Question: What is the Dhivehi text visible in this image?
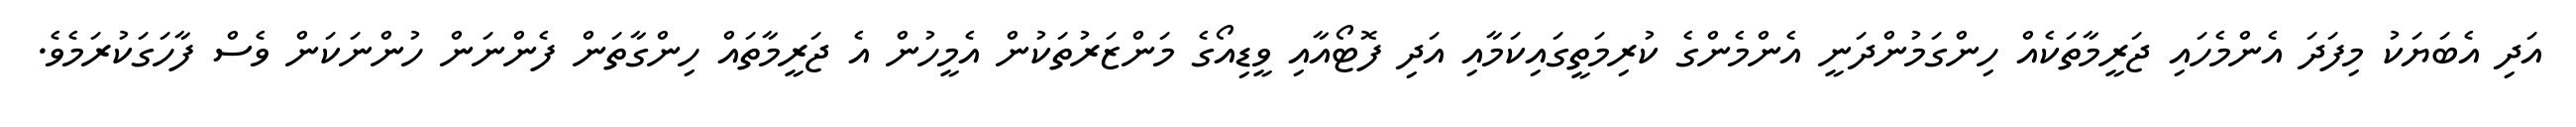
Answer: އަދި އެބަޔަކު މިފަދަ އެންމެހައި ޖަރީމާތަކެއް ހިންގަމުންދަނީ އެންމެންގެ ކުރިމަތީގައިކަމާއި އަދި ފޮޓޯއާއި ވީޑިއޯގެ މަންޒަރުތަކުން އެމީހުން އެ ޖަރީމާތައް ހިންގާތަން ފެންނަން ހުންނަކަން ވެސް ފާހަގަކުރަމެވެ.